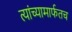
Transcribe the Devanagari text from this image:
त्यांच्यामार्फतच